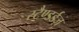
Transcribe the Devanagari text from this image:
स्टैण्डर्डज़